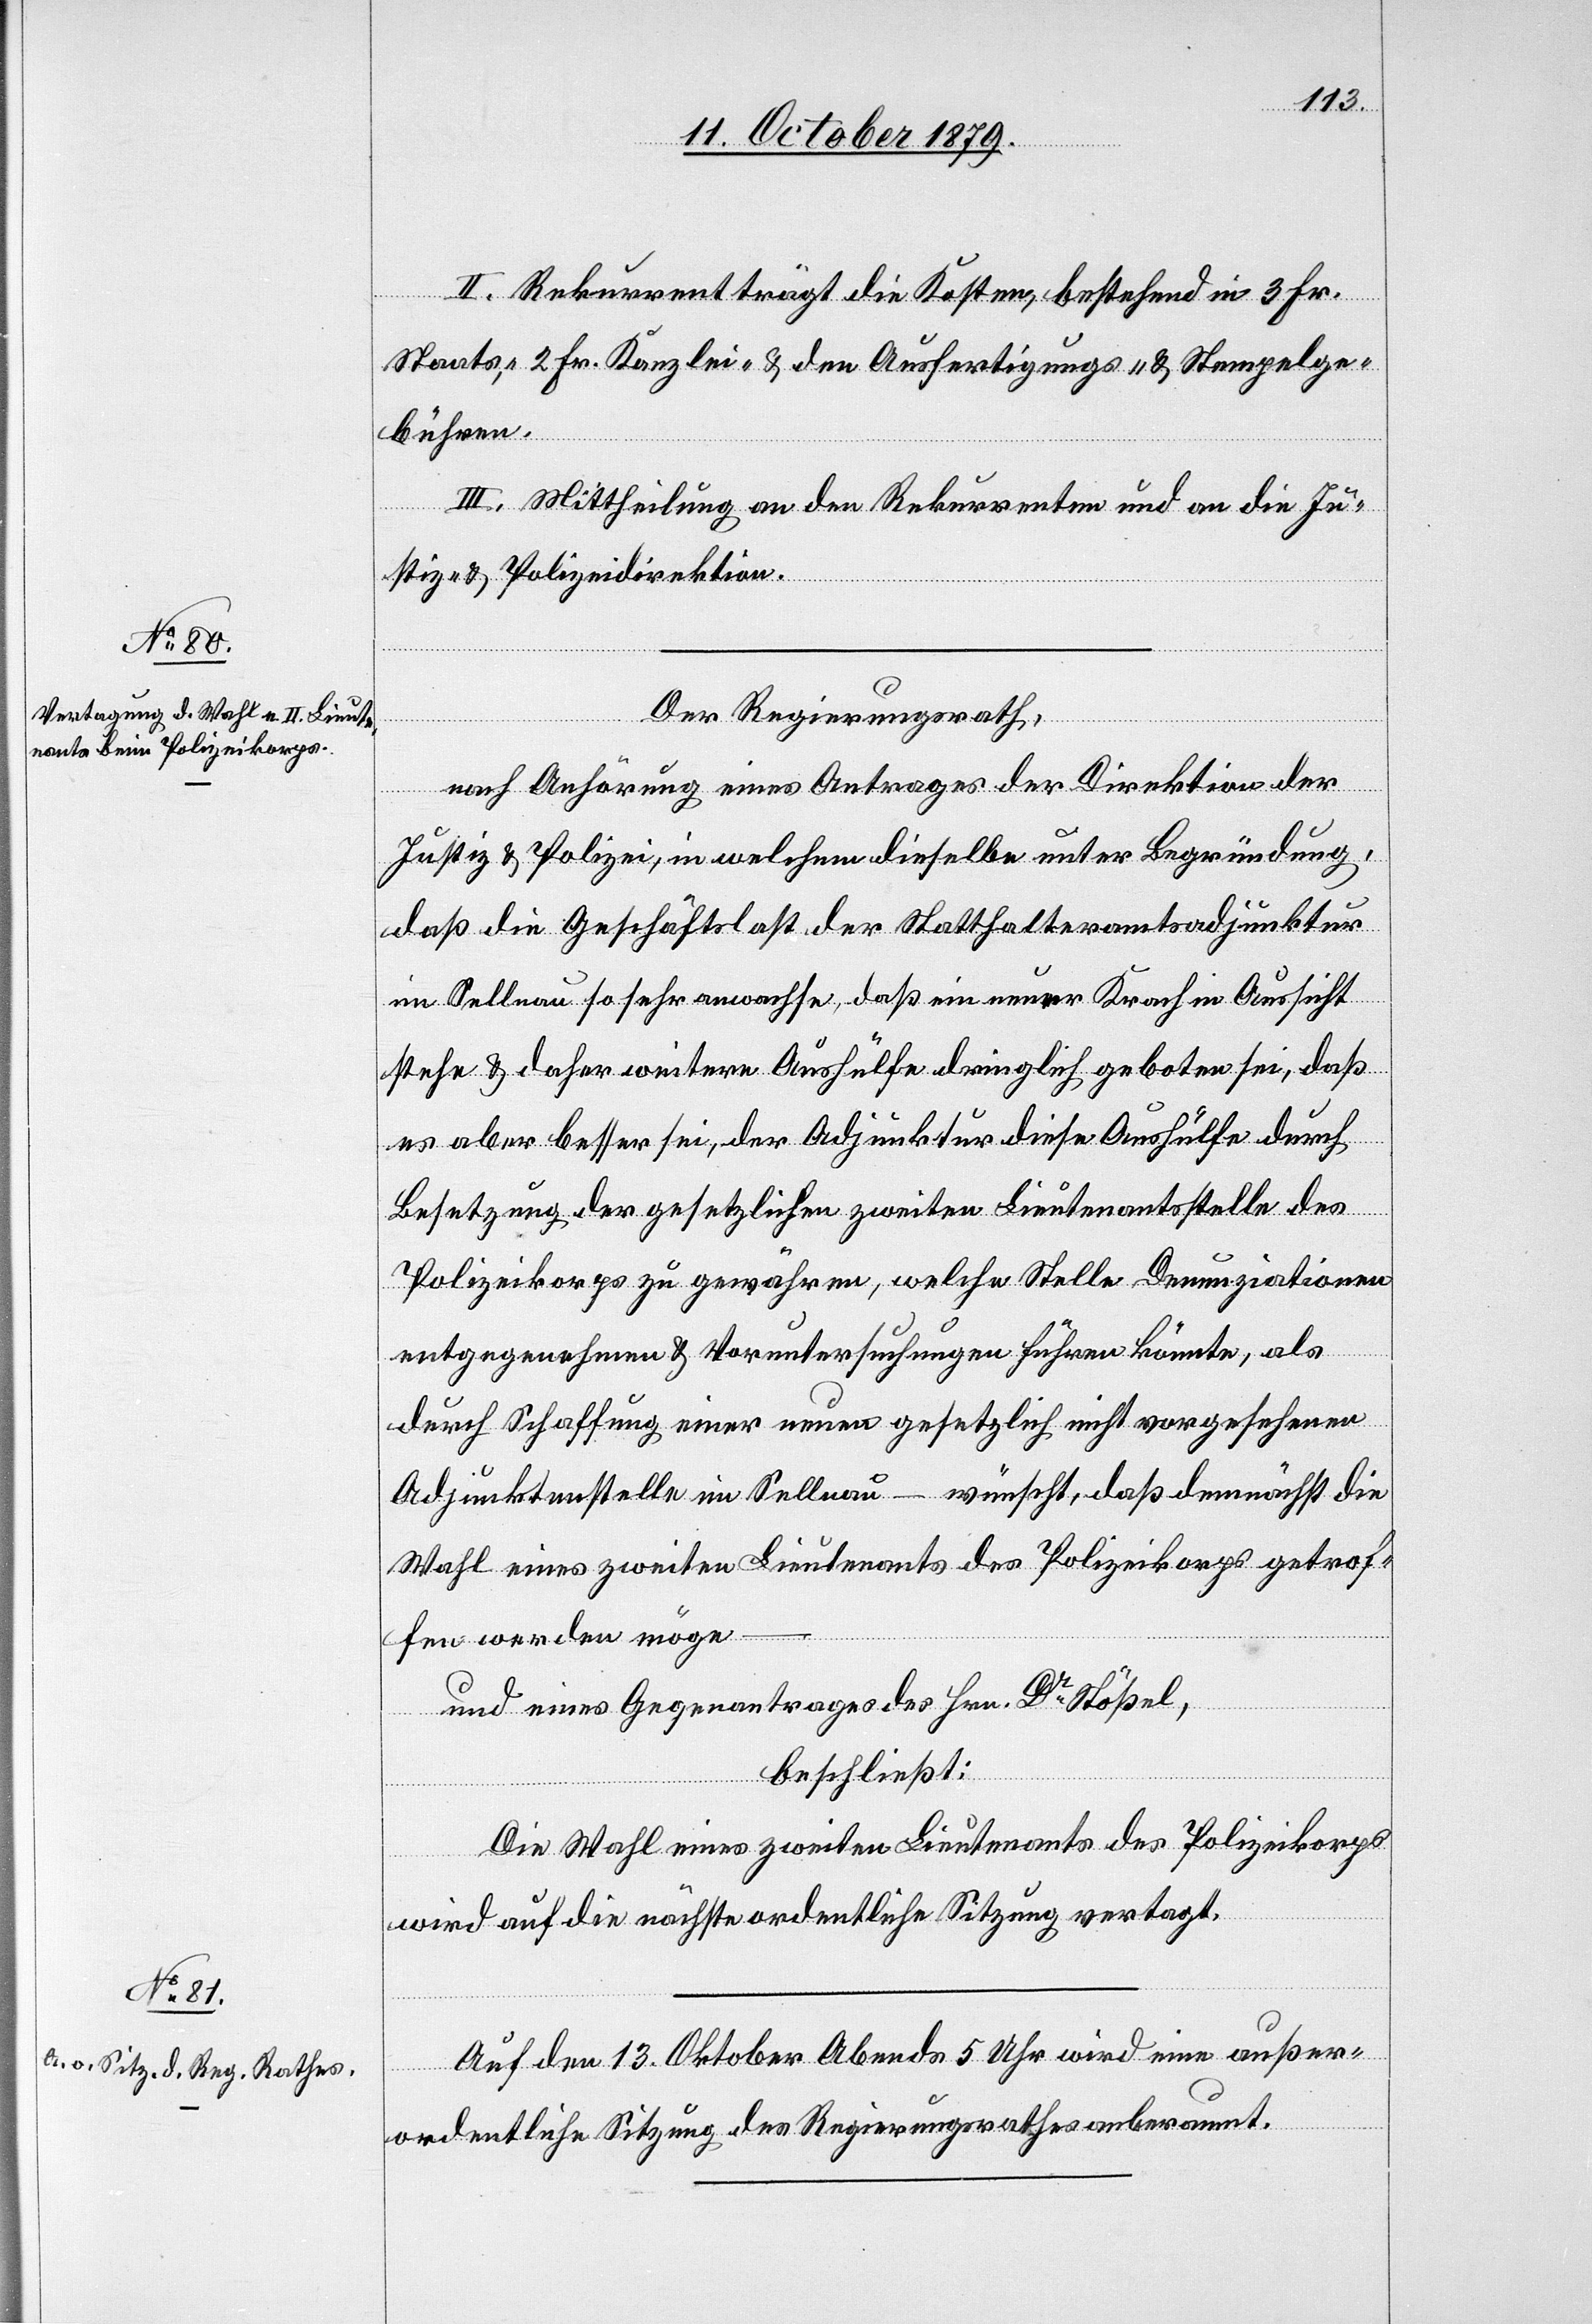
II. Rekurrent trägt die Kosten, bestehend in 3 Fr.
Staats-, 2 Fr. Kanzlei- & den Ausfertigungs- & Stempelge¬
bühren.
III. Mittheilung an den Rekurrenten und an die Ju¬
stiz- & Polizeidirektion.
Der Regierungsrath,
nach Anhörung eines Antrages der Direktion der
Justiz & Polizei, in welchem dieselbe unter Begründung
daß die Geschäftslast der Statthalteramtsadjunktur
in Sellnau so sehr anwachse, daß ein neuer Krach in Aussicht
stehe & daher weitere Aushülfe dringlich geboten sei, daß
es aber besser sei, der Adjunktur diese Aushülfe durch
Besetzung der gesetzlichen zweiten Lieutenantsstelle des
Polizeikorps zu gewähren, welche Stelle Denunziationen
entgegen[n]ahmen & Voruntersuchungen führen könnte, als
durch Schaffung einer neuen gesetzlich nicht vorgesehenen
Adjunktenstelle im Sellnau – wünscht, daß demnächst die
Wahl eines zweiten Lieutenants des Polizeikorps getrof¬
fen werden möge –
und eines Gegenantrages des Hrn. Dr Stößel,
beschließt:
Die Wahl eines zweiten Lieutenants des Polizeikorps
wird auf die nächste ordentliche Sitzung vertagt.
Auf den 13. Oktober Abends 5 Uhr wird eine außer¬
ordentliche Sitzung des Regierungsrathes anberaumt.